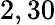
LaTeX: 2,30